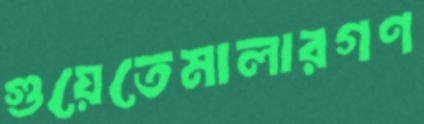
গুয়েতেমালারগণ